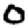
Digit: 0